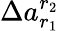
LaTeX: \Delta a_{r_{1}}^{r_{2}}